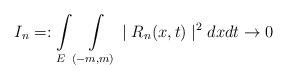
LaTeX: \begin{align*}I_{n}=:\int\limits_{E}\int\limits_{(-m,m)}\mid R_{n}(x,t)\mid^{2}dxdt\rightarrow0\end{align*}